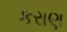
કરાણ